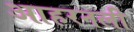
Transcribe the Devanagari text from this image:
आहरनली